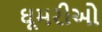
ઘૂમરીઓ